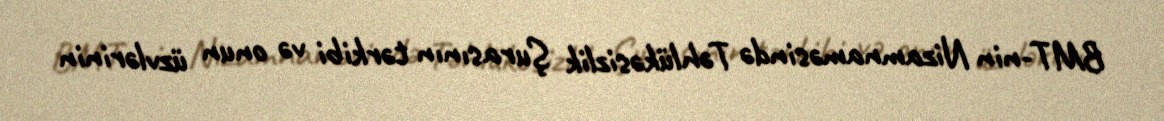
BMT-nin Nizamnaməsində Təhlükəsizlik Şurasının tərkibi və onun üzvlərinin